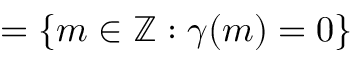
= \{ m \in \mathbb { Z } : \gamma ( m ) = 0 \}